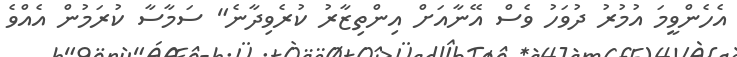
އެހެންވީމަ އުމުރު ދުވަހު ވެސް އޭނާއަށް އިންތިޒާރު ކުރެވިދާނެ" ސަމާސާ ކުރަމުން އެއްވެ